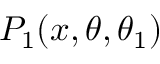
P _ { 1 } ( x , \theta , \theta _ { 1 } )